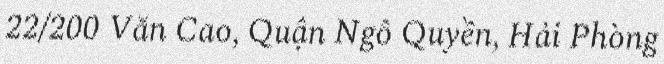
22/200 Văn Cao, Quận Ngô Quyền, Hải Phòng